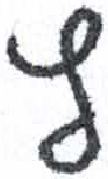
אות: ץ